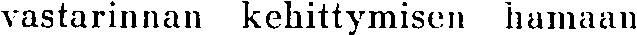
vastarinnan kehittymisen hamaan